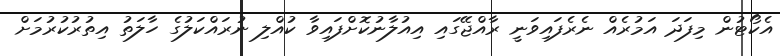
އެކޯޓުން މިފަދަ އަމުރެއް ނެރެފައިވަނީ ރާއްޖޭގައި އިއުލާނުކޮށްފައިވާ ކުއްލި ނުރައްކަލުގެ ހާލަތު އިތުރުކުރުމަށް